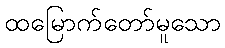
ထမြောက်တော်မူသော